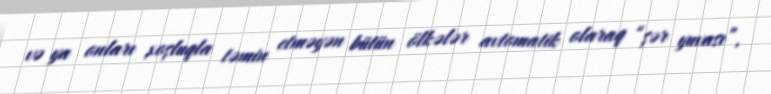
və ya onları xoşluqla təmin etməyən bütün ölkələr avtomatik olaraq “şər yuvası”,